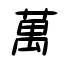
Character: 萬